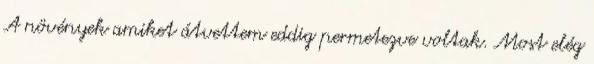
A növények amiket átvettem eddig permetezve voltak. Most elég